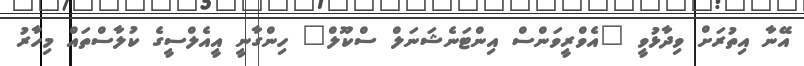
އޭނާ އިތުރަށް ވިދާޅުވީ "އެވްރީވަންސް އިންޓަނެޝަނަލް ސްކޫލް" ހިންގާނީ އީއެލްސީގެ ކުލާސްތައް މިހާރު